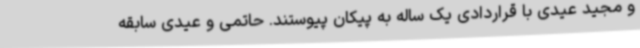
و مجید عیدی با قراردادی یک ساله به پیکان پیوستند. حاتمی و عیدی سابقه